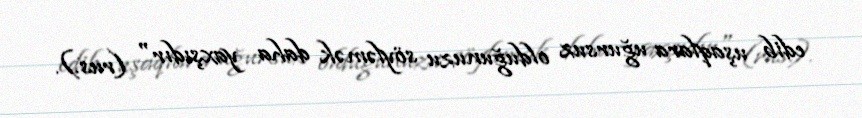
edib uşaqlara uğursuz olduğunuzu söyləmək daha yaxşıdır" (rus.).